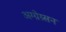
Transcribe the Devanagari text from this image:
अग्ग्रेग्र्सन